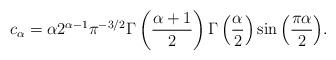
LaTeX: \begin{align*}c_\alpha=\alpha 2^{\alpha -1}\pi ^{-3/2}\Gamma \left(\frac{\alpha+ 1}{2}\right)\Gamma \left(\frac{\alpha}{2}\right)\sin \Big(\frac{\pi \alpha}{2} \Big).\end{align*}